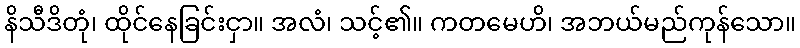
နိသီဒိတုံ၊ ထိုင်နေခြင်းငှာ။ အလံ၊ သင့်၏။ ကတမေဟိ၊ အဘယ်မည်ကုန်သော။